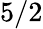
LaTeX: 5/2